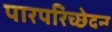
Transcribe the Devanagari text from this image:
पारपरिच्छेदन